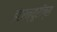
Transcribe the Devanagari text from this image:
इंटरन्यूरॉन्स